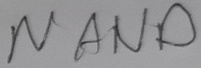
Text: NAND